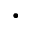
\cdot